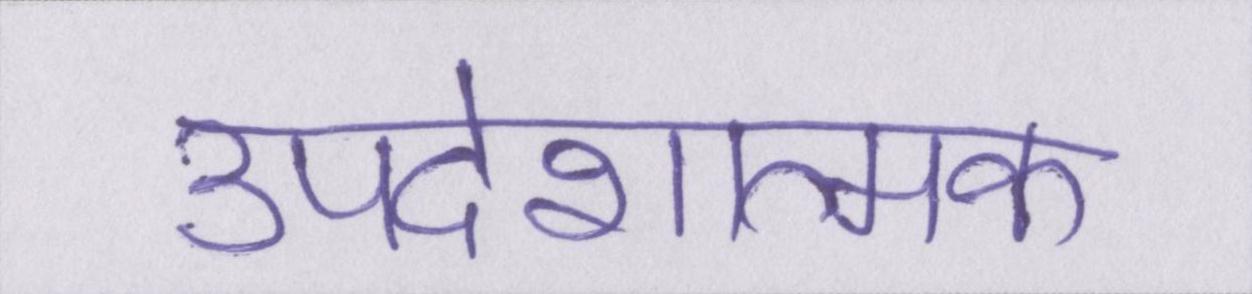
उपदेशात्मक